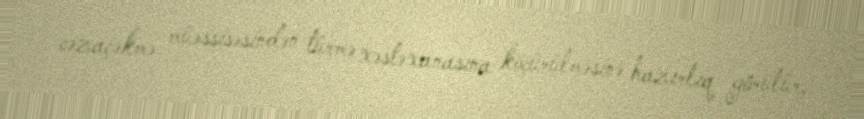
cəzaçəkmə müəssisəsindən türmə xəstəxanasına köçürülməsinə hazırlıq görülür,